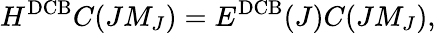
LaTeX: H^{\mathrm{DCB}}C(JM_{J})=E^{\mathrm{DCB}}(J)C(JM_{J}),